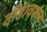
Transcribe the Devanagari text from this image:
दांडावरून